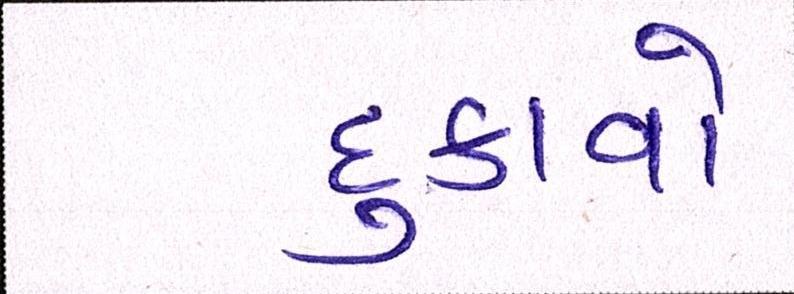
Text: દુઃકાવો